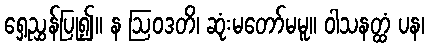
ရှေ့ညွှန်ပြု၍။ န ဩဝဒတိ၊ ဆုံးမတော်မမူ။ ဝါသနတ္ထံ ပန၊